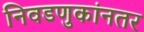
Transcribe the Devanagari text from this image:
निवडणुकांनतर